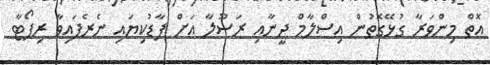
އޮތް މިންވަރާ ގުޅޭގޮތުން އިސްލާމް ދީނާއި ރަސޫލާ އަށް ފާޑުކިޔައި ނެރެފައިވާ ރިޕޯޓާ